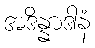
အဒိန္နာဒါနံ